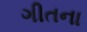
ગીતના